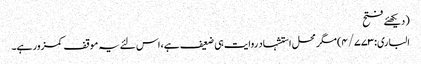
(دیکھئے فتح
الباری:۴/۷۷۳) مگر محل استشہاد روایت ہی ضعیف ہے، اس لئے یہ موقف کمزور ہے۔